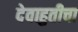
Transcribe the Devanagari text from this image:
देवाहुतीचा